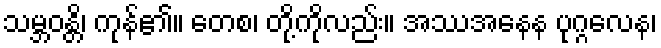
သမ္ဘဝန္တိ၊ ကုန်၏။ တေစ၊ တို့ကိုလည်း။ အဿအနေန ပုဂ္ဂလေန၊